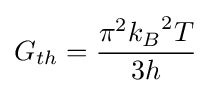
G_{th}={\frac {\pi ^{2}{k_{B}}^{2}T}{3h}}